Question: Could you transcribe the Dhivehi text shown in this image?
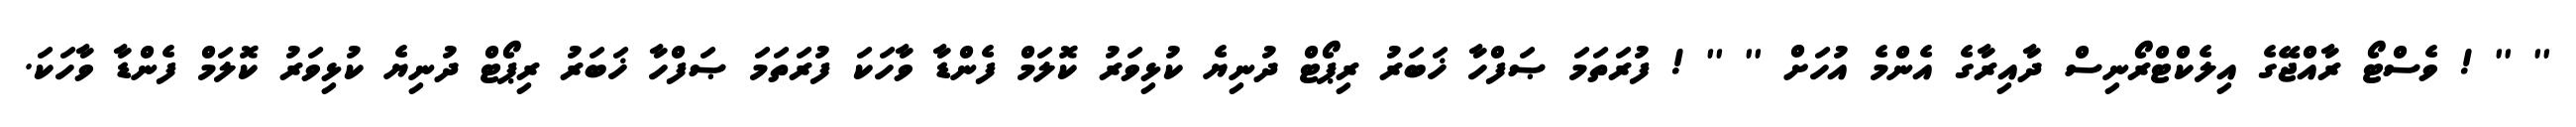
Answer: '' '' ! ވެސްޓޯ ރާއްޖޭގެ އިލެކްޓްރޯނިސް ދާއިރާގެ އެންމެ އުހަށް '' '' ! ފުރަތަމަ ޞަފްހާ ޚަބަރު ރިޕޯޓް ދުނިޔެ ކުޅިވަރު ކޮލަމް ފެންޑާ ވާހަކަ ފުރަތަމަ ޞަފްހާ ޚަބަރު ރިޕޯޓް ދުނިޔެ ކުޅިވަރު ކޮލަމް ފެންޑާ ވާހަކަ.